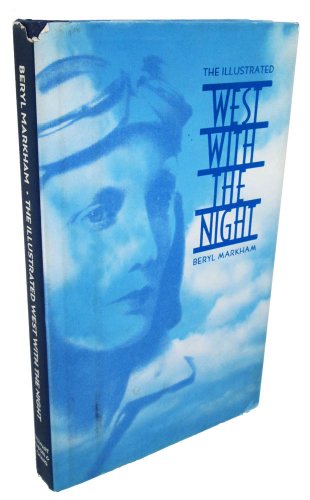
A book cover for The Illustrated West With the Night; Beryl Markham; Biographies & Memoirs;